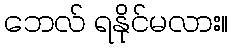
ဘေလ် ရနိုင်မလား။